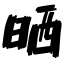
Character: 晒